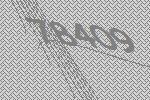
78409